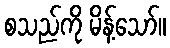
စသည်ကို မိန့်သော်။